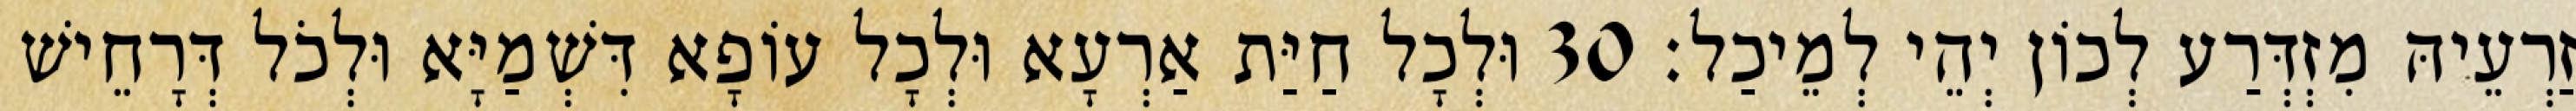
זַרְעֵיהּ מִזְדְּרַע לְכוֹן יְהֵי לְמֵיכַל׃ 30 וּלְכָל חַיַּת אַרְעָא וּלְכָל עוֹפָא דִּשְׁמַיָּא וּלְכֹל דְּרָחֵישׁ